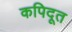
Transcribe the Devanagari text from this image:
कपिदूत